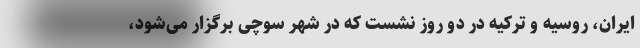
ایران، روسیه و ترکیه در دو روز نشست که در شهر سوچی برگزار می‌شود،